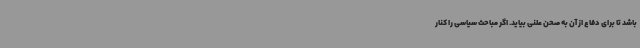
باشد تا برای دفاع از آن به صحن علنی بیاید. اگر مباحث سیاسی را کنار